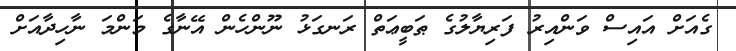
ގެއަށް އައިސް ވަންއިރު ފަރިޔާލުގެ ޠަބީޢަތް ރަނގަޅު ނޫންހެން އޭނާގެ މަންމަ ނާހިދާއަށް